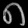
Digit: ၈